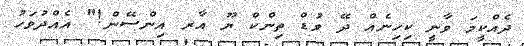
ދެއްކީމަ ވާނީ ކިހިނެއް ދޭ ވުޑް ތިންކް ޔޫ އާރ އިންސޭން!" އެއްދުވަހު